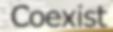
Coexist